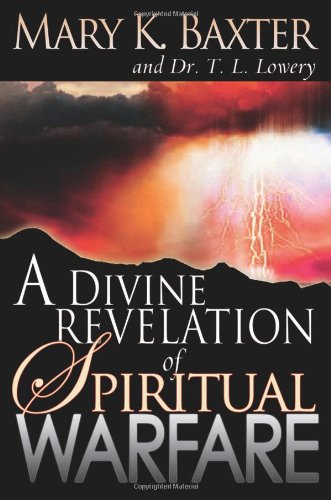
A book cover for A Divine Revelation of Spiritual Warfare; Mary K. Baxter; Christian Books & Bibles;